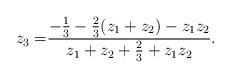
LaTeX: \begin{align*}z_3 =&\frac{-\frac{1}{3}-\frac{2}{3} (z_1+z_2)-z_1z_2}{z_1+z_2+\frac{2}{3}+z_1z_2}. \end{align*}